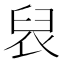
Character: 𮍦